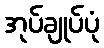
အုပ်ချုပ်ပုံ